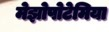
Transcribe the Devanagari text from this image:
मेझोपोटेमिया